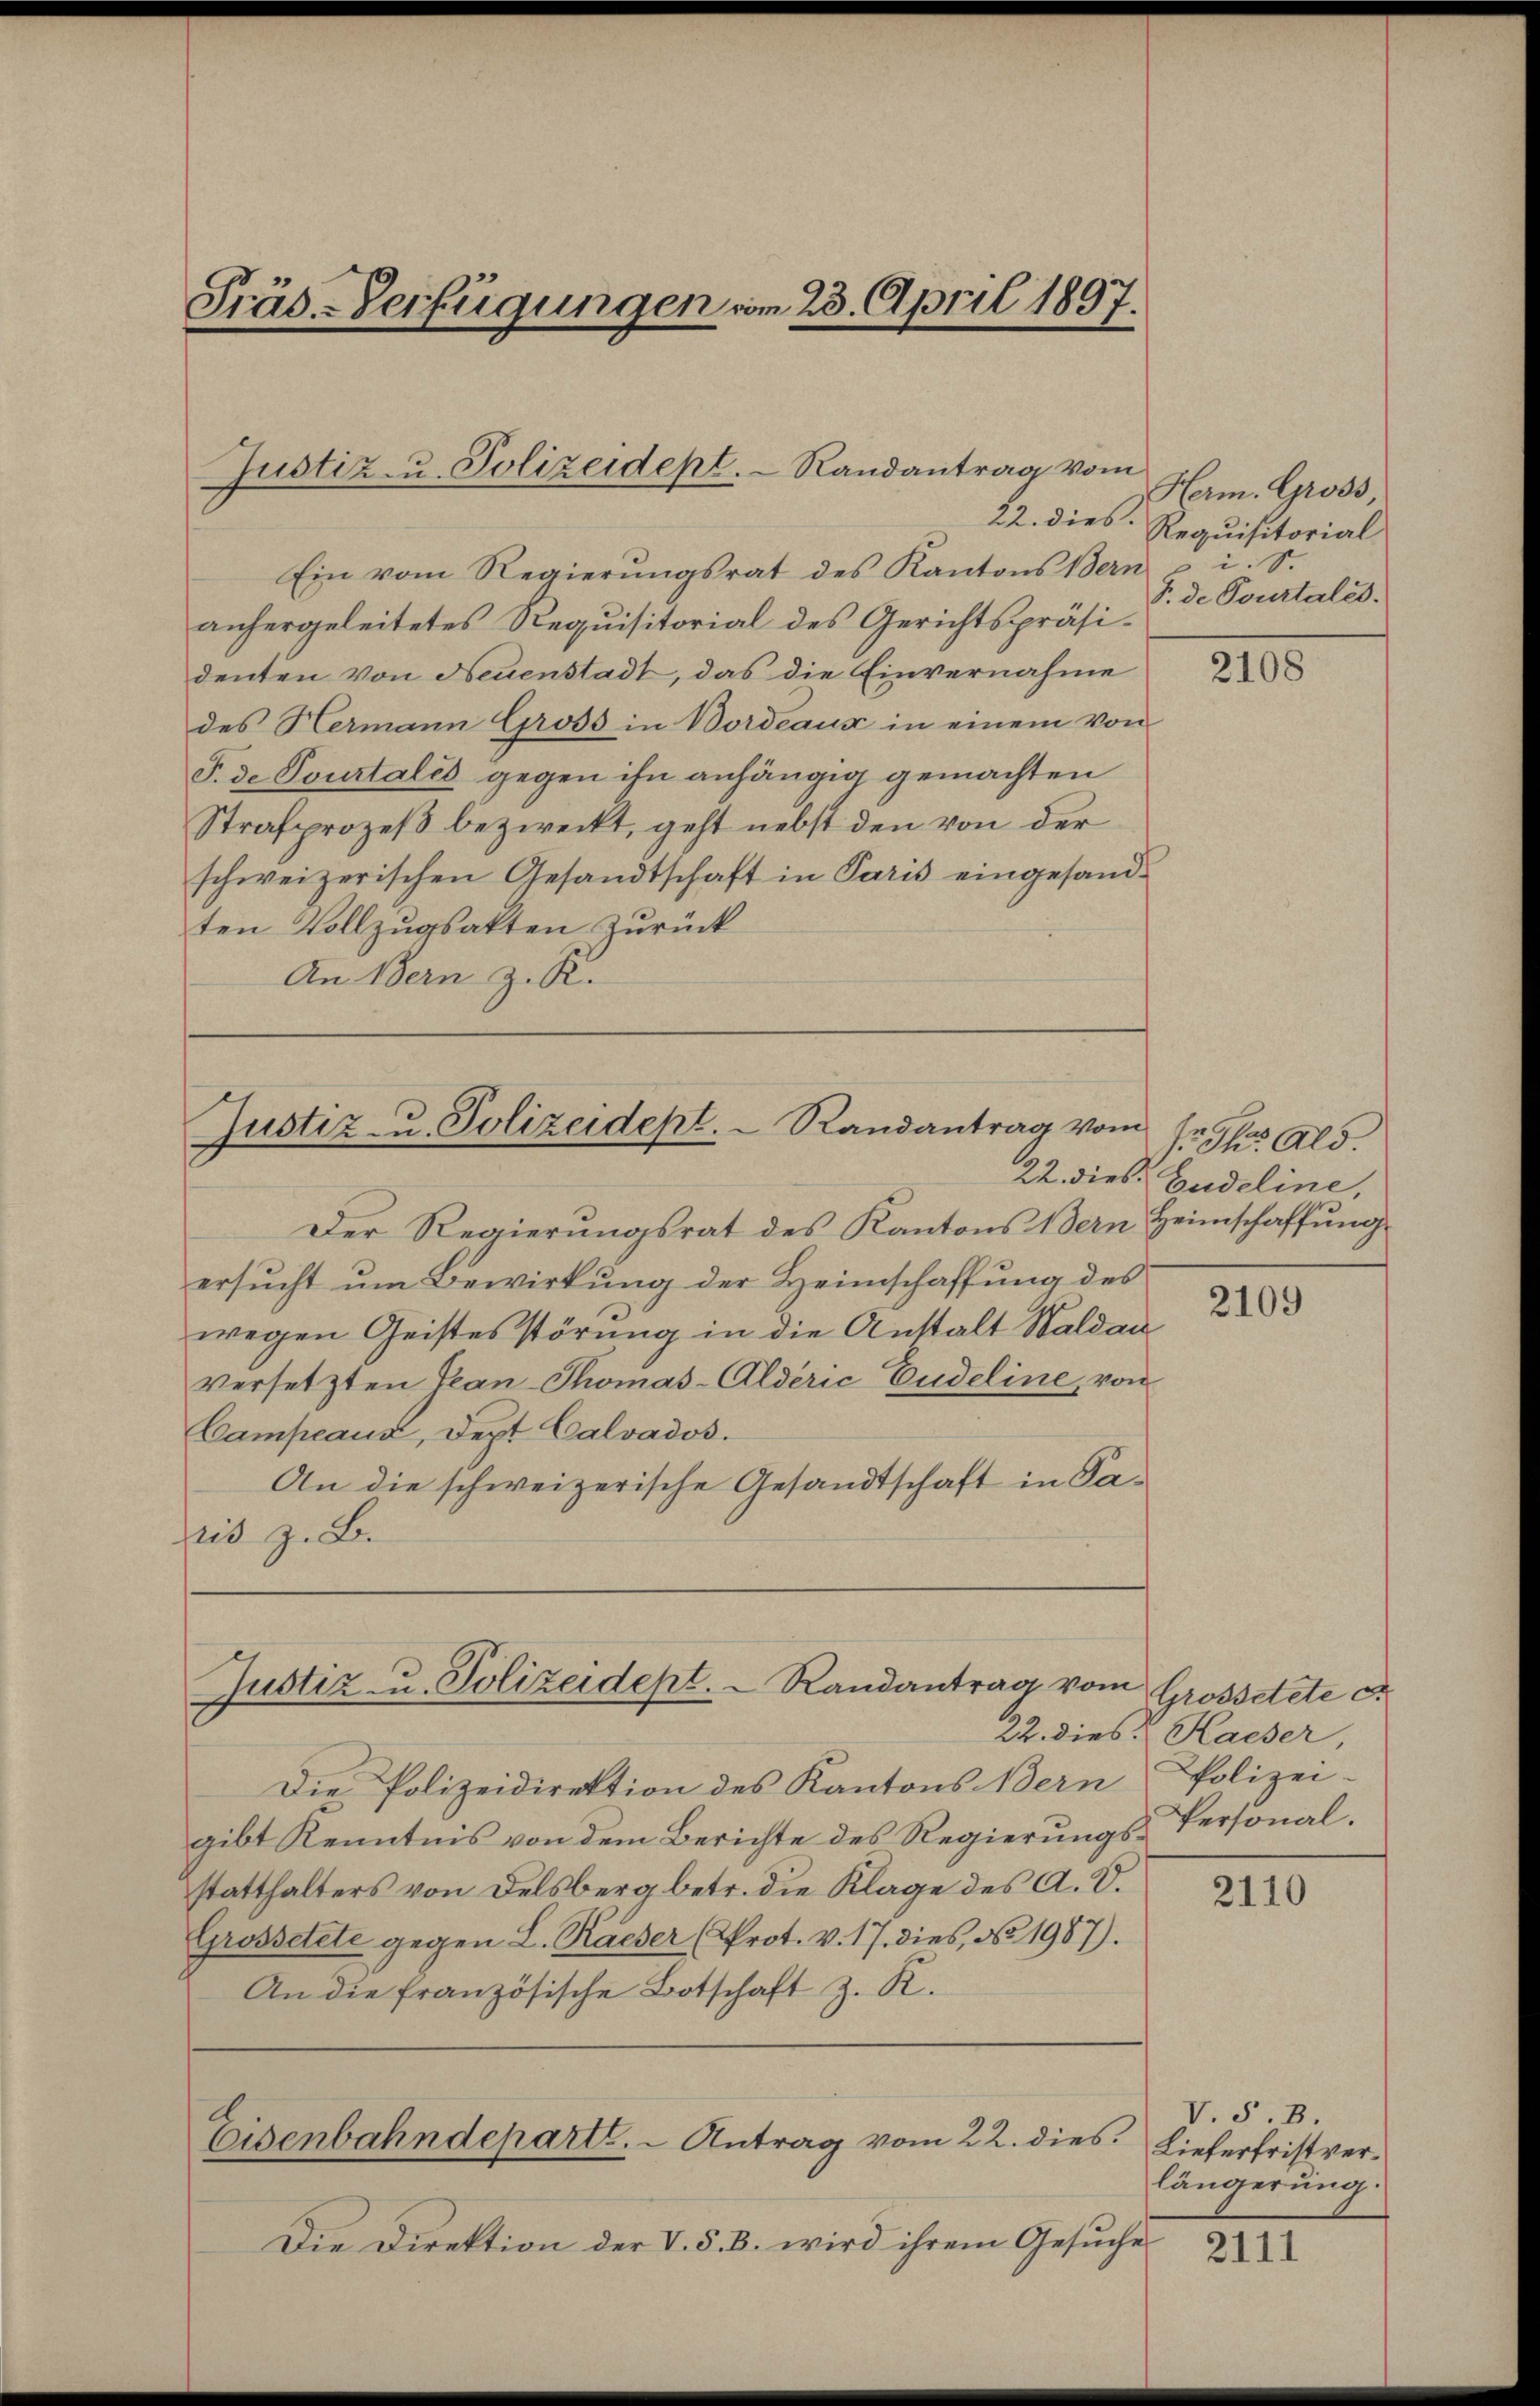
Präs.-Verfügungen vom 23. April 1897.

Ein vom Regierŭngsrat des Kantons Bern p i. S.
anhergeleitetes Requisitorial des Gerichtspräsidenten von Neuenstadt, das die Einvernahme
des Hermann Gross in Bordeaux in einem von
J. de Pourtales gegen ihn anhängig gemachten
Strafprozeß bezweckt, geht nebst den von der
schweizerischen Gesandtschaft in Paris eingesandten Vollzugsakten zurück
An Bern z. K.

Justiz- u. Polizeidept. Randantrag vom

Justiz- u. Polizeidept. Randantrag vom

Justiz- u. Polizeidept. Randantrag vom

Der Regierungsrat des Kantons Bern Heimschaffŭng
ersucht um Bewirkung der Heimschaffung des
wegen Geistesstörung in die Anstalt Waldau
versetzten Tean-Thomas-Alderić Cudeline, von
Campeaux, Dept Calvados.
An die schweizerische Gesandtschaft in Saris z. B.

Herm. Gross
22. dies: Requisitorial
S. de Pourtales.

Die Polizeidirektion des Kantons Bern
gibt Kenntnis von dem Berichte des Regierungs-Personalstatthalters von Delsberg betr. die Klage des A. D.
Grossetete gegen L. Racher (Prot. v. 17. dies, No 1987).
An die französische Botschaft z. R.
Eisenbahndeparte. - Antrag vom 22. dies. Lieferfristver¬
Die Direktion der V. §. B. wird ihrem Gesuche

2108

r Jhr. Ald.
22. dies Gudeline,

2109

Grossetete e
22. dies Hacher
Polizei-

2110

V. S. 3
längerung

2111